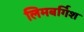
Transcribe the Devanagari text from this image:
लिमबर्गिश